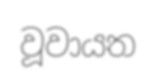
වූවායත